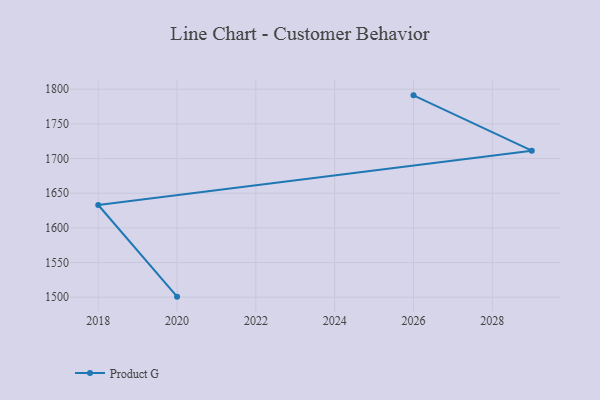
{"axis": {"x": "Year", "y": "Satisfaction Score"}, "legend": ["Product G"], "data": [{"x": "2020", "y": 1500.8, "type": "Product G"}, {"x": "2018", "y": 1633.0, "type": "Product G"}, {"x": "2029", "y": 1711.3, "type": "Product G"}, {"x": "2026", "y": 1791.1, "type": "Product G"}]}